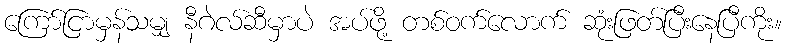
ကြော်ငြာမှန်သမျှ နီဂဲလ်ဆီမှာပဲ အပ်ဖို့ တစ်ဝက်လောက် ဆုံးဖြတ်ပြီးနေပြီကိုး။